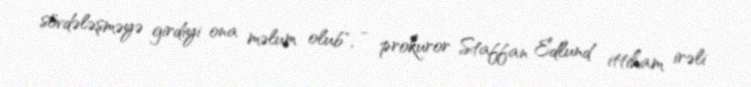
sövdələşməyə girdiyi ona məlum olub", - prokuror Staffan Edlund ittiham irəli